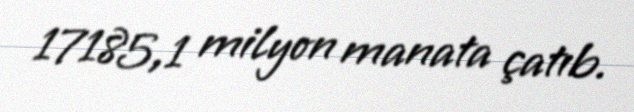
17185,1 milyon manata çatıb.